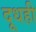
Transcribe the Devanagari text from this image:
दूधही